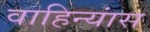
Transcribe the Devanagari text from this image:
वाहिन्यांस